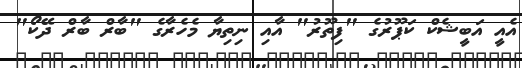
އެއީ އަބީޝެކް ކަޕޫރުގެ "ފިތޫރު" އާއި ނިތިޔާ މެހެރާގެ "ބާރް ބާރް ދޭކޯ"